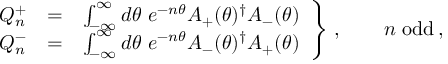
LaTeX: \left. \begin{array} { r c l } { { Q _ { n } ^ { + } } } & { { = } } & { { \int _ { - \infty } ^ { \infty } d \theta \ e ^ { - n \theta } A _ { + } ( \theta ) ^ { \dagger } A _ { - } ( \theta ) } } \\ { { Q _ { n } ^ { - } } } & { { = } } & { { \int _ { - \infty } ^ { \infty } d \theta \ e ^ { - n \theta } A _ { - } ( \theta ) ^ { \dagger } A _ { + } ( \theta ) } } \end{array} \right\} \, , \qquad n { \mathrm { ~ o d d } } \, ,